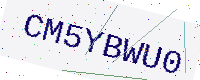
Text: CM5YBWU0